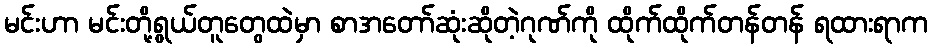
မင်းဟာ မင်းတို့ရွယ်တူတွေထဲမှာ စာအတော်ဆုံးဆိုတဲ့ဂုဏ်ကို ထိုက်ထိုက်တန်တန် ရထားရာက